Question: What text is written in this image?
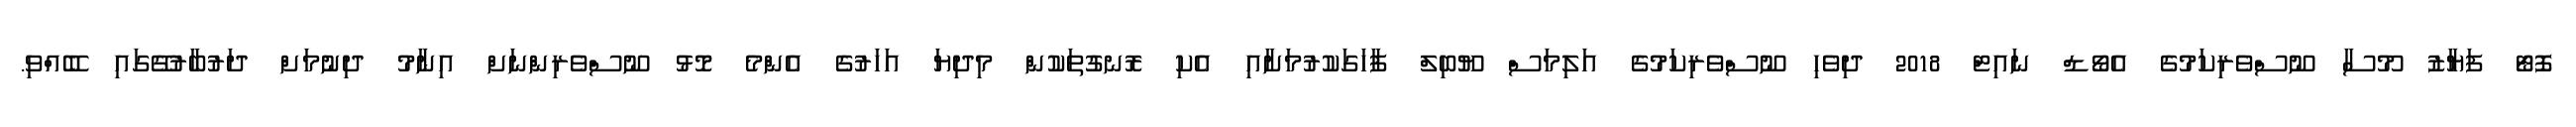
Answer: ފޮޓޯ ފަޔާޒު މޫސާ ނޫސްވެރިކަމުގެ އެވޯޑް ނައިޓް 2018 ދިވެހި ނޫސްވެރިކަމުގެ އަލިމަސް ޔޫބިލް ފާހަގަކުރުމަށާއި އެކި ރޮނގުތަކުން މިދިޔަ އަހަރުގެ އެންމެ މޮޅު ނޫސްވެރިންނަށް އިނާމު ދިނުމަށް ދަރުބާރުގޭގައި ބޭއްވި.